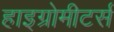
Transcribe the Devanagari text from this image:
हाइग्रोमीटर्स